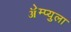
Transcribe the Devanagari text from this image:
ॲेम्प्युला